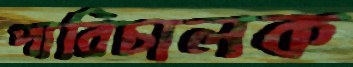
পারিচালক